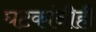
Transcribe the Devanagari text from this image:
घटकांनीही